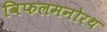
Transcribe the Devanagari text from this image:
विफलमनोरथ